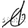
Digit: 1